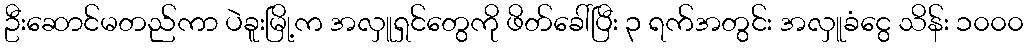
ဦးဆောင်မတည်ကာ ပဲခူးမြို့က အလှူရှင်တွေကို ဖိတ်ခေါ်ပြီး ၃ ရက်အတွင်း အလှူခံငွေ သိန်း ၁၀၀၀